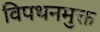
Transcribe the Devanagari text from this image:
विपथनमुक्त